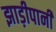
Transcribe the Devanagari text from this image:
झाड़ीपानी